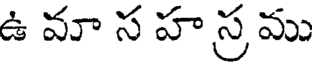
ఉ మా స హ స్ర ము